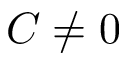
C \neq 0